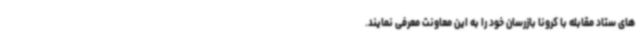
های ستاد مقابله با کرونا بازرسان خود را به این معاونت معرفی نمایند.